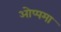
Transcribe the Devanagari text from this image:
ओप्पमा